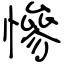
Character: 慘